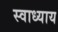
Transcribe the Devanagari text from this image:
स्‍वाध्‍याय